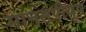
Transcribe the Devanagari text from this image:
मानसपीयूष